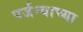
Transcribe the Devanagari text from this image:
पर्जन्याच्या